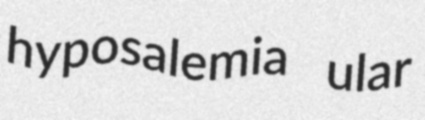
hyposalemia ular